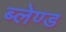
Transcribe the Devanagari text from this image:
ब्लेण्ड